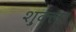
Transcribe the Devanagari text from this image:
श़ुक्ला